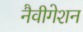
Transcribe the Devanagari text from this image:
नैवीगेशन